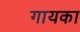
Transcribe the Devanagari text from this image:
गायका